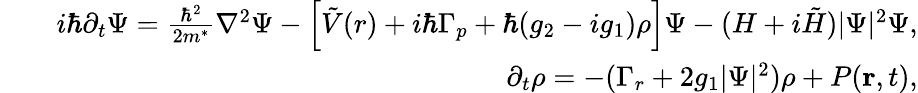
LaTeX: \begin{array}{rlr}&{}&{i\hbar\partial_{t}\Psi=\frac{\hbar^{2}}{2m^{*}}\nabla^{2}\Psi-\left[\tilde{V}(r)+i\hbar\Gamma_{p}+\hbar(g_{2}-ig_{1})\rho\right]\Psi-(H+i\tilde{H})|\Psi|^{2}\Psi,}\\ &{}&{\partial_{t}\rho=-(\Gamma_{r}+2g_{1}|\Psi|^{2})\rho+P(\mathbf{r},t),}\end{array}